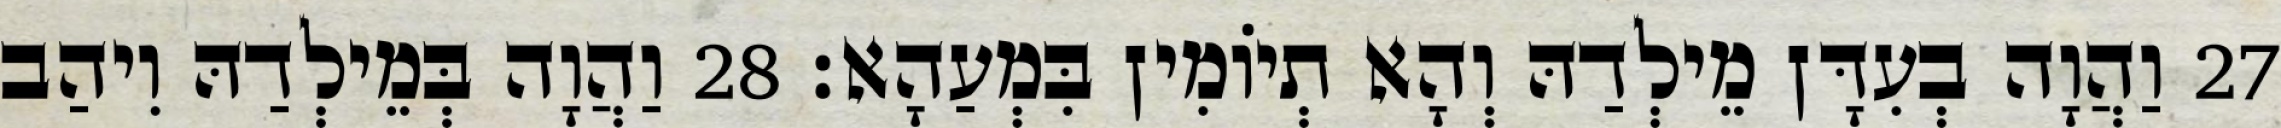
27 וַהֲוָה בְעִדָּן מֵילְדַהּ וְהָא תְיוֹמִין בִּמְעַהָא׃ 28 וַהֲוָה בְּמֵילְדַהּ וִיהַב